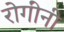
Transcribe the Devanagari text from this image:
रोगींनी